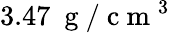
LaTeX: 3.47~\mathrm{~g~}/\mathrm{~c~m~}^{3}